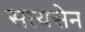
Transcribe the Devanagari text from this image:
सत्यसेन